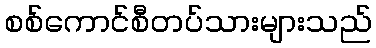
စစ်ကောင်စီတပ်သားများသည်